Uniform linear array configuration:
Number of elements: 16
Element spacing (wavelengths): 0.25
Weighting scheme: hamming
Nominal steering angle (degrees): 60
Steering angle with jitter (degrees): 61.349
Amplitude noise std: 0.05
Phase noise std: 0.05

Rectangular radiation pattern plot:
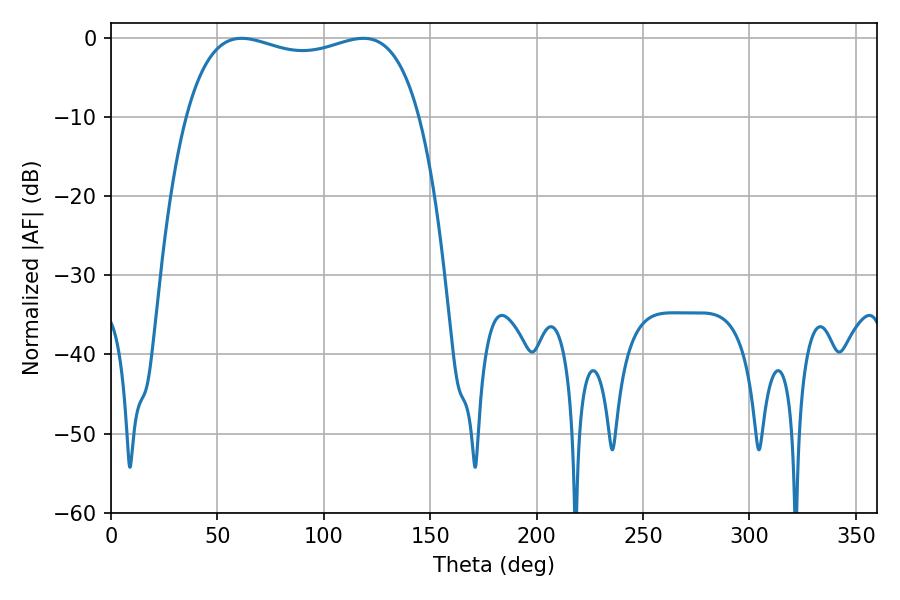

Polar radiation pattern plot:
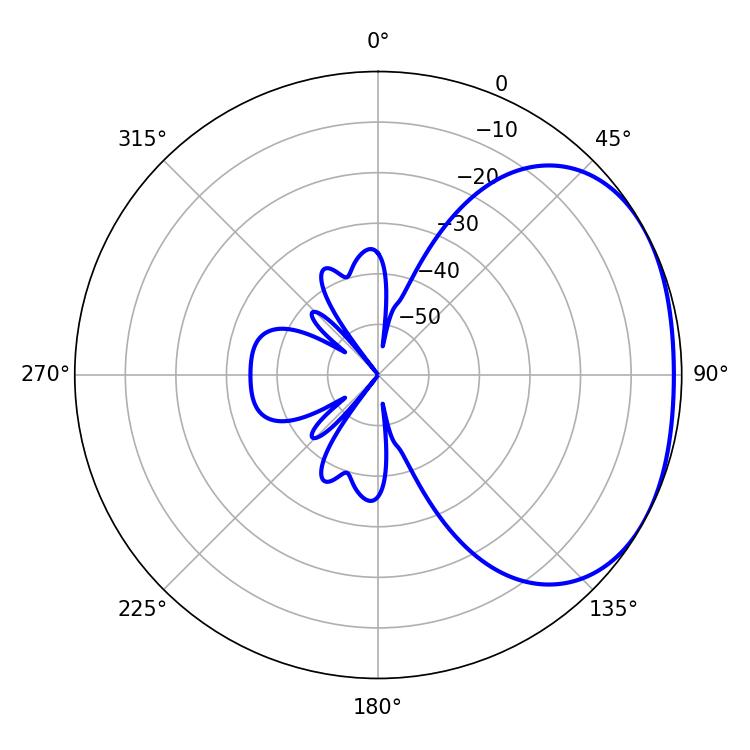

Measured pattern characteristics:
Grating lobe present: FALSE
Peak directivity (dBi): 2.065
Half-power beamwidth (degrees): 89.64
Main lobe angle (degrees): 61.38